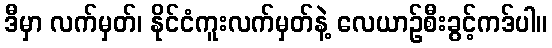
ဒီမှာ လက်မှတ်၊ နိုင်ငံကူးလက်မှတ်နဲ့ လေယာဉ်စီးခွင့်ကဒ်ပါ။